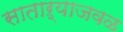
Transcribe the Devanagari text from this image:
साताऱ्याजवळ